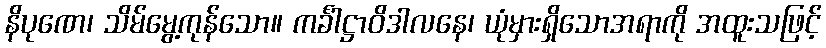
နိပုဏေ၊ သိမ်မွေ့ကုန်သော။ ကင်္ခါဋ္ဌာဝိဒါလနေ၊ ယုံမှားရှိသောအရာကို အထူးသဖြင့်